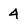
Character: 4